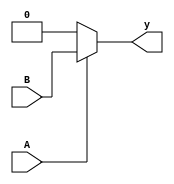
`timescale 1ns / 1ps
//////////////////////////////////////////////////////////////////////////////////
// Company: 
// Engineer: 
// 
// Design Name: 
// Module Name:    mux_and_gate 
// Project Name: 
// Target Devices: 
// Tool versions: 
// Description: 
//
// Dependencies: 
//
// Revision: 
// Revision 0.01 - File Created
// Additional Comments: 
//
//////////////////////////////////////////////////////////////////////////////////
module mux_and_gate(A,B,y);
input A,B;
output y;
assign y=A?B:0;

endmodule